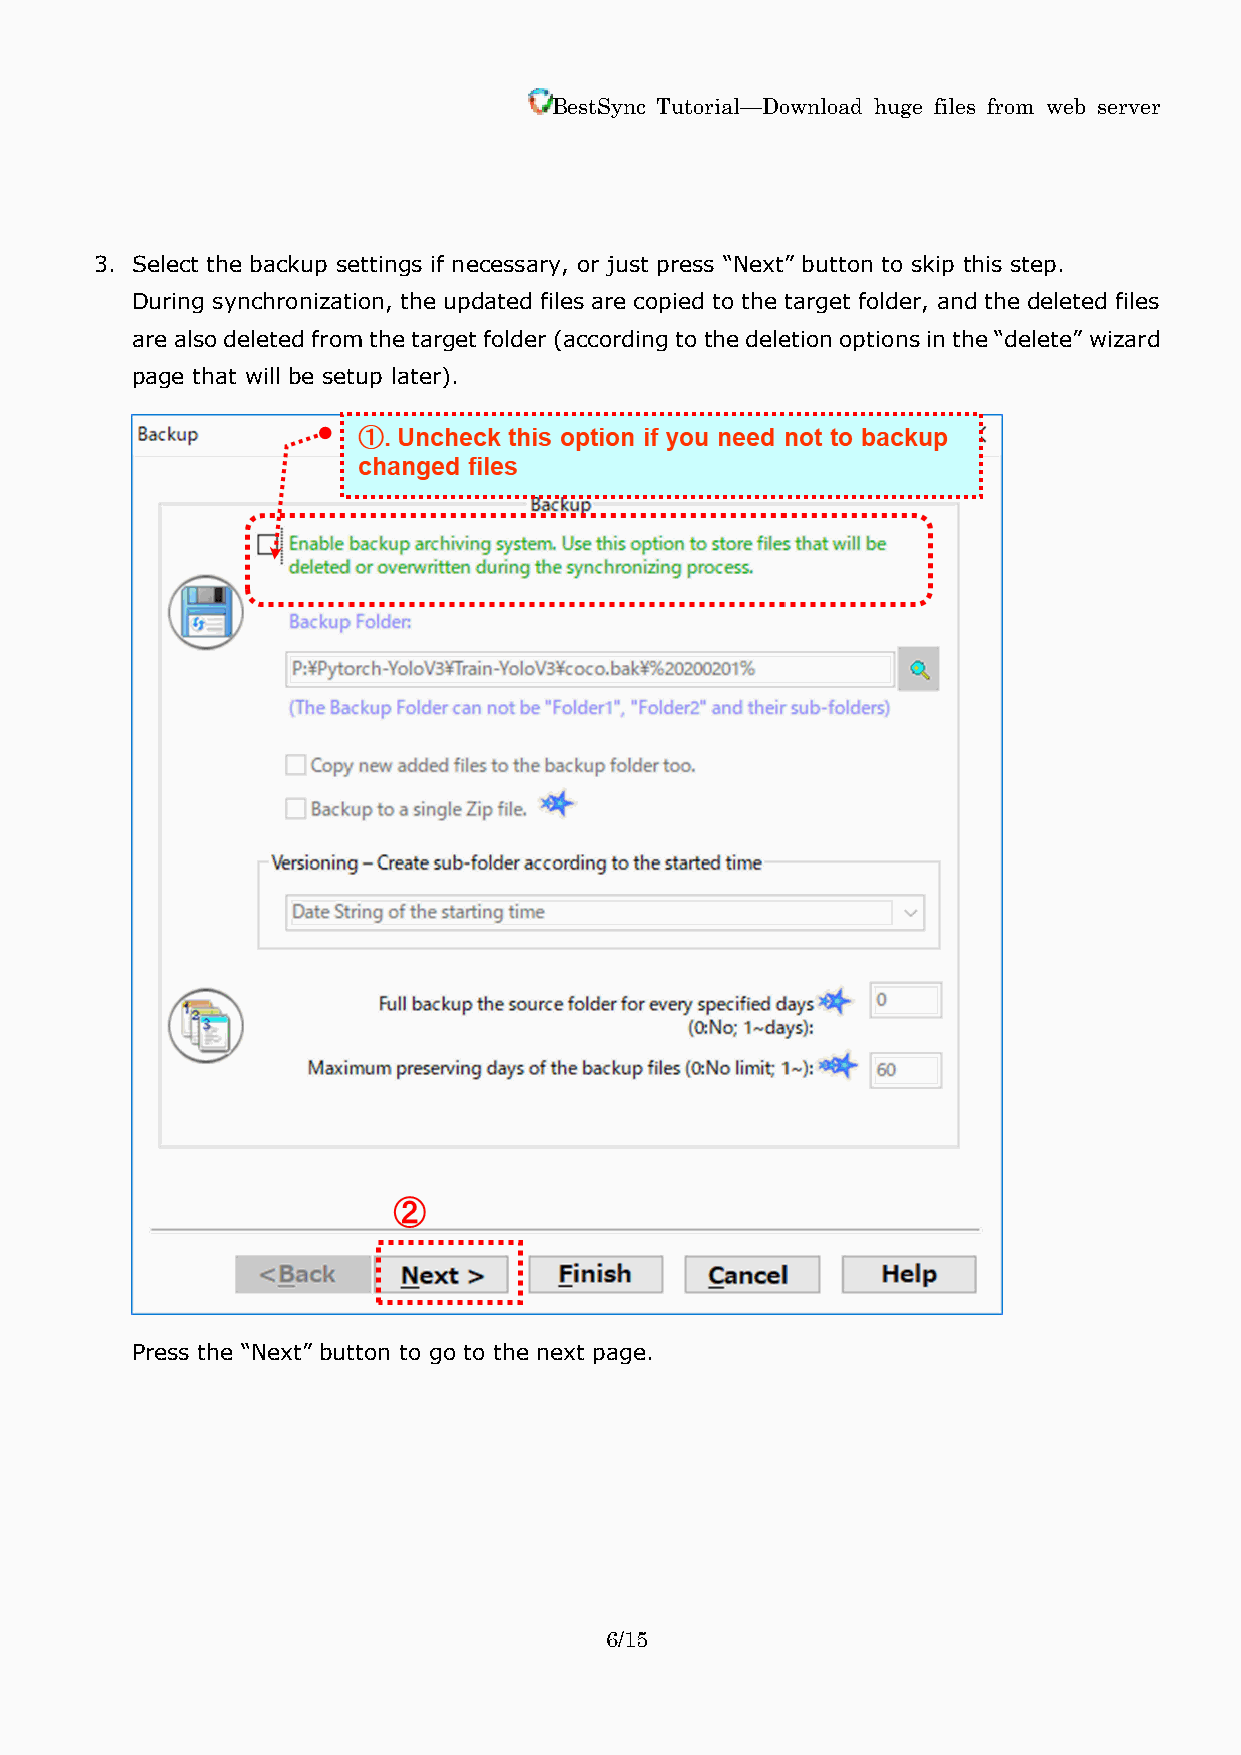
BestSync Tutorial—Download huge files from web server
 3. Select the backup settings if necessary, or just press “Next” button to skip this step.
 During synchronization, the updated files are copied to the target folder, and the deleted files
 are also deleted from the target folder (according to the deletion options in the “delete” wizard
 page that will be setup later).
 Press the “Next” button to go to the next page.
 6/15